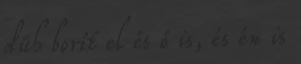
düh borít el és ő is, és én is